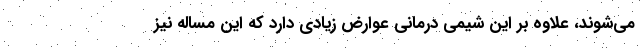
می‌شوند، علاوه بر این شیمی درمانی عوارض زیادی دارد که این مساله نیز